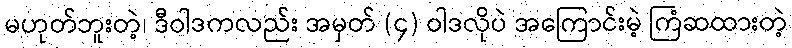
မဟုတ်ဘူးတဲ့၊ ဒီဝါဒကလည်း အမှတ် (၄) ဝါဒလိုပဲ အကြောင်းမဲ့ ကြံဆထားတဲ့